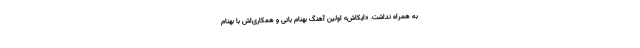
به همراه نداشت. «ایکاش» اولین آهنگ بهنام بانی و همکاری‌اش با بهنام